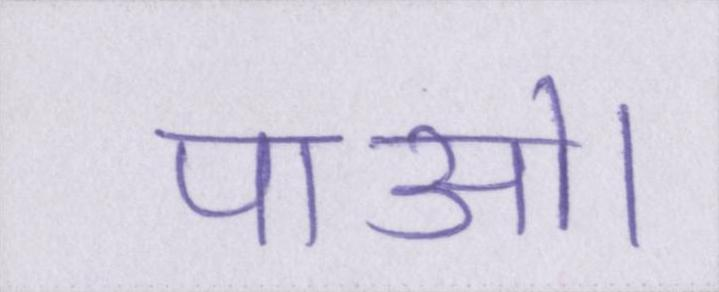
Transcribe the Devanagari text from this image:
पाओ।